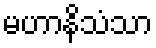
မဟာနိသံသာ